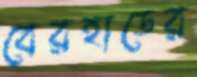
বেরহাডের